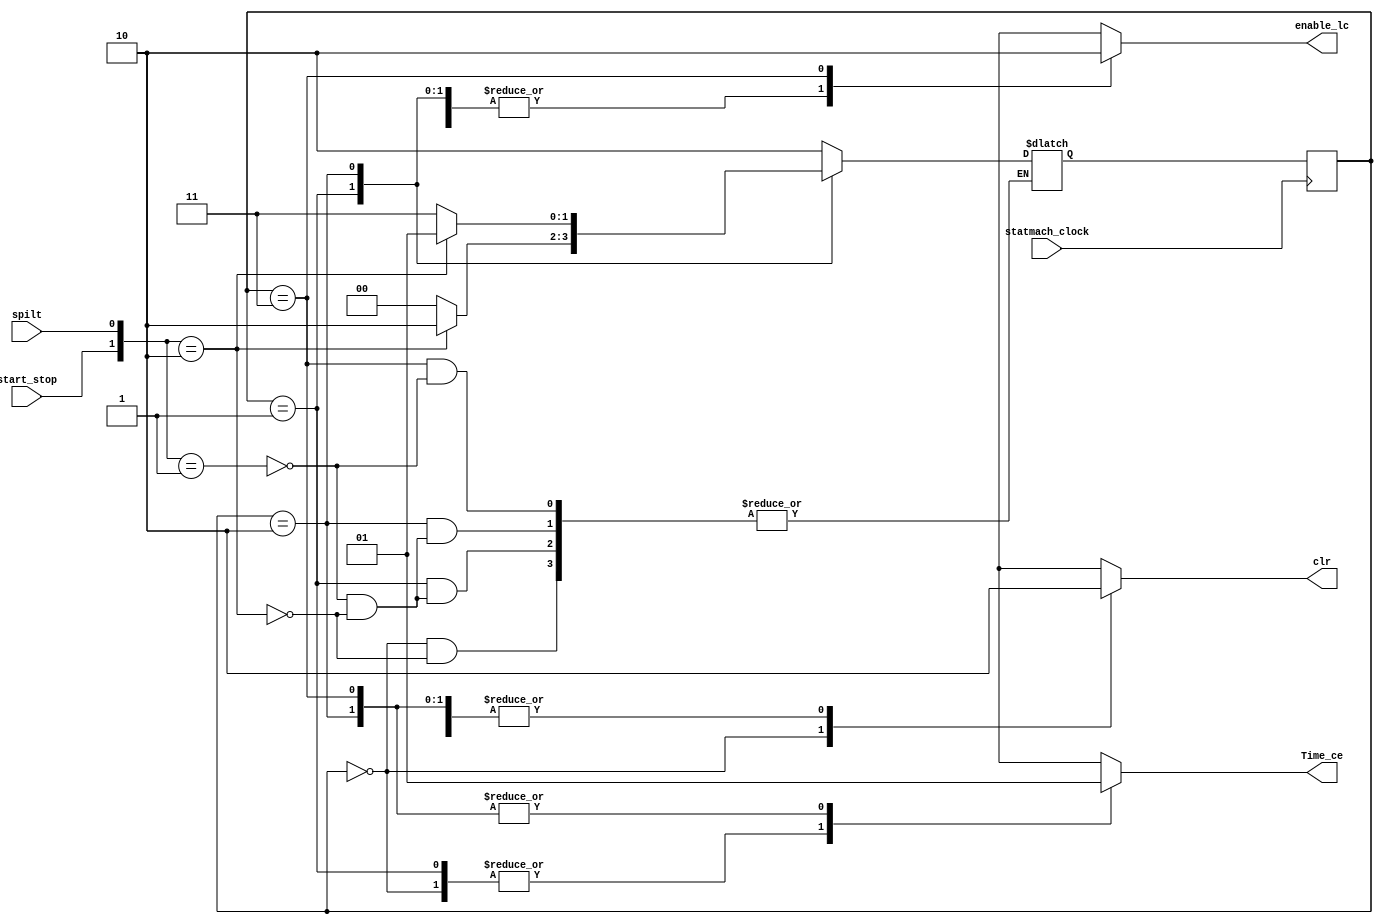
module statmath( input statmach_clock, //
                 input  start_stop, //,
                 input spilt, //
                 output reg clr, //
                 output reg Time_ce, //
                 output reg enable_lc); //

    localparam [1:0] reset =2'b00, stop =2'b01, normal=2'b10, lock=2'b11;
    
    reg [1:0] p_state; //
    reg [1:0] n_state = reset; //
    
    always @ ( start_stop or  spilt or p_state ) begin  //
        case(p_state)
            reset:
                case({start_stop,spilt})
                2'b10:n_state <= normal;
                default: n_state <= n_state;
                 endcase
            
            stop:
                case({start_stop,spilt})
                2'b01:n_state <= reset;
                2'b10:n_state <= normal;
                default: n_state <= n_state;
                endcase
                
            normal:
                case({start_stop,spilt})
                2'b01:n_state <= lock;
                2'b10:n_state <= stop;
                default: n_state <= n_state;
                endcase
                
            lock:
                case({start_stop,spilt})
                2'b01:n_state <= normal;
                default: n_state <= n_state;
                endcase
                
            default: n_state <= reset;             
        endcase 
    end
    
    always @ (posedge statmach_clock) begin  //
        p_state <= n_state;
    end
    
    always@( p_state)   //
         case(p_state)  
               reset: begin
                   clr=1;
                   Time_ce=0;
                   enable_lc=1;
                   end
               stop: begin
                   clr=0;
                   Time_ce=0;
                   enable_lc=1;
                   end
               normal: begin
                   clr=0;
                   Time_ce=1;
                   enable_lc=1;
                   end
               lock: begin
                   clr=0;
                   Time_ce=1;
                   enable_lc=0;
                   end 
           endcase 
endmodule